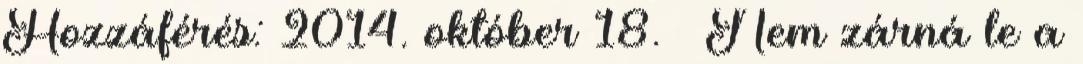
Hozzáférés: 2014. október 18. ↑ Nem zárná le a